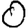
Digit: 0